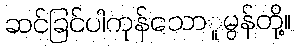
ဆင်ခြင်ပါကုန်သောူမွန်တို့။